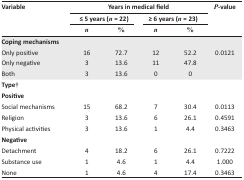
| <ROWSPAN=3> Variable | <COLSPAN=4> Years in medical field | <ROWSPAN=3> P-value |
 | <COLSPAN=2> ≤ 5 years (n = 22) | <COLSPAN=2> ≥ 6 years (n = 23) |
 | n | % | n | % |
 | --- | --- | --- | --- | --- | --- |
 | <COLSPAN=6> Coping mechanisms |
 | Only positive | 16 | 72.7 | 12 | 52.2 | <ROWSPAN=3> 0.0121 |
 | Only negative | 3 | 13.6 | 11 | 47.8 |
 | Both | 3 | 13.6 | 0 | 0 |
 | <COLSPAN=6> Type† |
 | <COLSPAN=6> Positive |
 | Social mechanisms | 15 | 68.2 | 7 | 30.4 | 0.0113 |
 | Religion | 3 | 13.6 | 6 | 26.1 | 0.4591 |
 | Physical activities | 3 | 13.6 | 1 | 4.4 | 0.3463 |
 | <COLSPAN=6> Negative |
 | Detachment | 4 | 18.2 | 6 | 26.1 | 0.7222 |
 | Substance use | 1 | 4.6 | 1 | 4.4 | 1.000 |
 | None | 1 | 4.6 | 4 | 17.4 | 0.3463 |